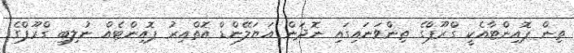
ތިން ޕޮއިންޓާއެކީ ގްރޫޕްގެ ތިންވަނައިގައި ނޮދަން އަޔަލޭންޑް އޮތްއިރު ޕޮއިންޓެއް ނުލިބި ގްރޫޕްގެ